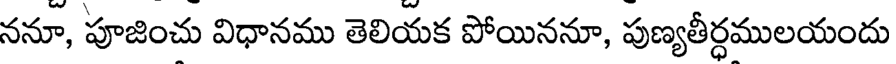
ననూ, పూజించు విధానము తెలియక పోయిననూ, పుణ్యతీర్ధములయందు